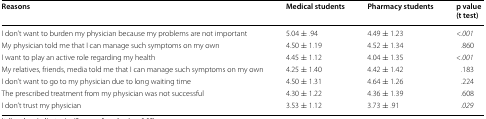
<table><thead><tr><td><b>Reasons</b></td><td><b>Medical students</b></td><td><b>Pharmacy students</b></td><td><b>p value(t test)</b></td></tr></thead><tbody><tr><td>I don’t want to burden my physician because my problems are not important</td><td>5.04 ± .94</td><td>4.49 ± 1.23</td><td><i>&lt;.001</i></td></tr><tr><td>My physician told me that I can manage such symptoms on my own</td><td>4.50 ± 1.19</td><td>4.52 ± 1.34</td><td>.860</td></tr><tr><td>I want to play an active role regarding my health</td><td>4.45 ± 1.12</td><td>4.04 ± 1.35</td><td><i>&lt;.001</i></td></tr><tr><td>My relatives, friends, media told me that I can manage such symptoms on my own</td><td>4.25 ± 1.40</td><td>4.42 ± 1.42</td><td>.183</td></tr><tr><td>I don’t want to go to my physician due to long waiting time</td><td>4.50 ± 1.31</td><td>4.64 ± 1.26</td><td>.224</td></tr><tr><td>The prescribed treatment from my physician was not successful</td><td>4.30 ± 1.22</td><td>4.36 ± 1.39</td><td>.608</td></tr><tr><td>I don’t trust my physician</td><td>3.53 ± 1.12</td><td>3.73 ± .91</td><td><i>.029</i></td></tr></tbody></table>